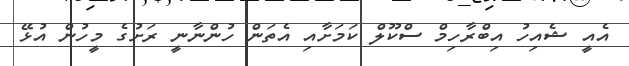
އެއީ ޝެއިހު އިބްރާހިމް ސްކޫލް ކަމަށާއި އެތަން ހުންނާނީ ރަށުގެ މީހުން އުޅޭ